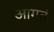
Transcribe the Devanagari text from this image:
आगतं